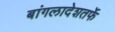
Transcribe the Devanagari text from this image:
बांगलादेशतर्फे